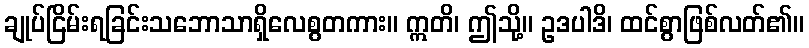
ချုပ်ငြိမ်းရခြင်းသဘောသာရှိလေစွတကား။ ဣတိ၊ ဤသို့။ ဥဒပါဒိ၊ ထင်စွာဖြစ်လတ်၏။